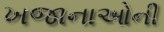
ખજાનાઓની